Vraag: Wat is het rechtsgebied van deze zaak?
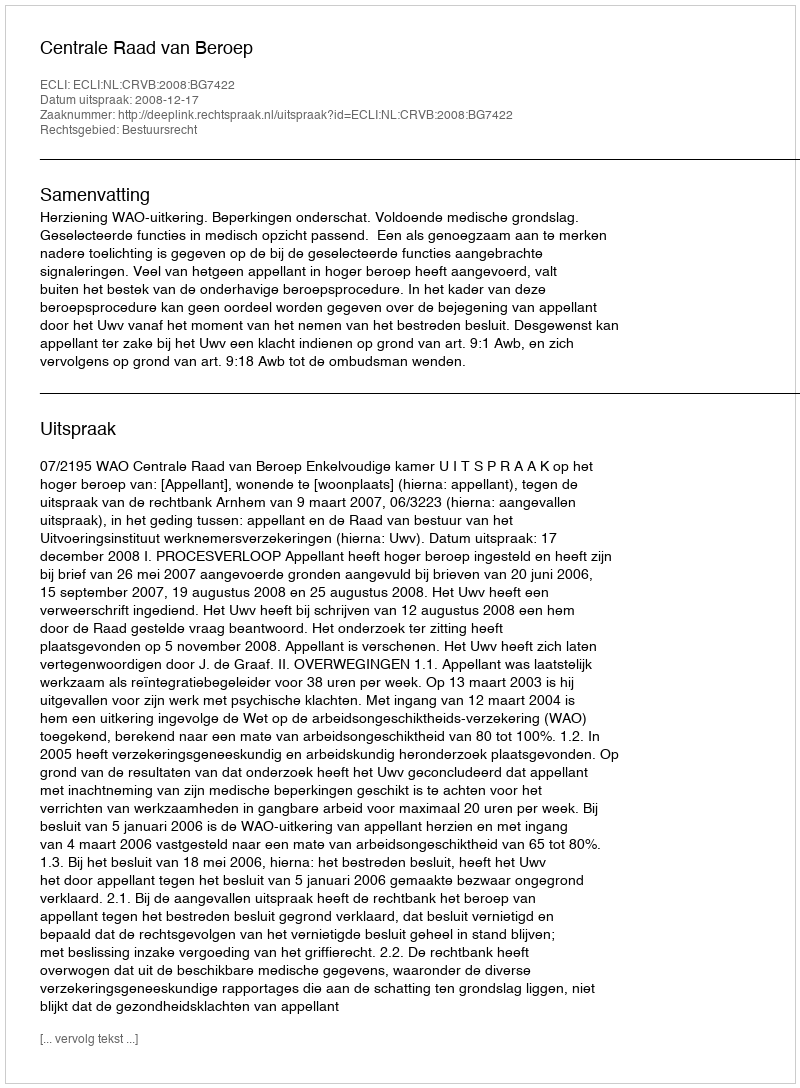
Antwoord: Bestuursrecht